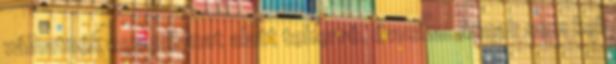
válhatnék egy pillanat alatt teherré. évuska: Annak sem kell